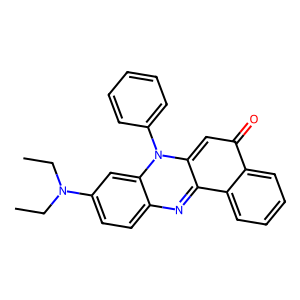
SMILES: CCN(CC)c1ccc2nc3c4ccccc4c(=O)cc-3n(-c3ccccc3)c2c1
Inhibits HIV replication: No